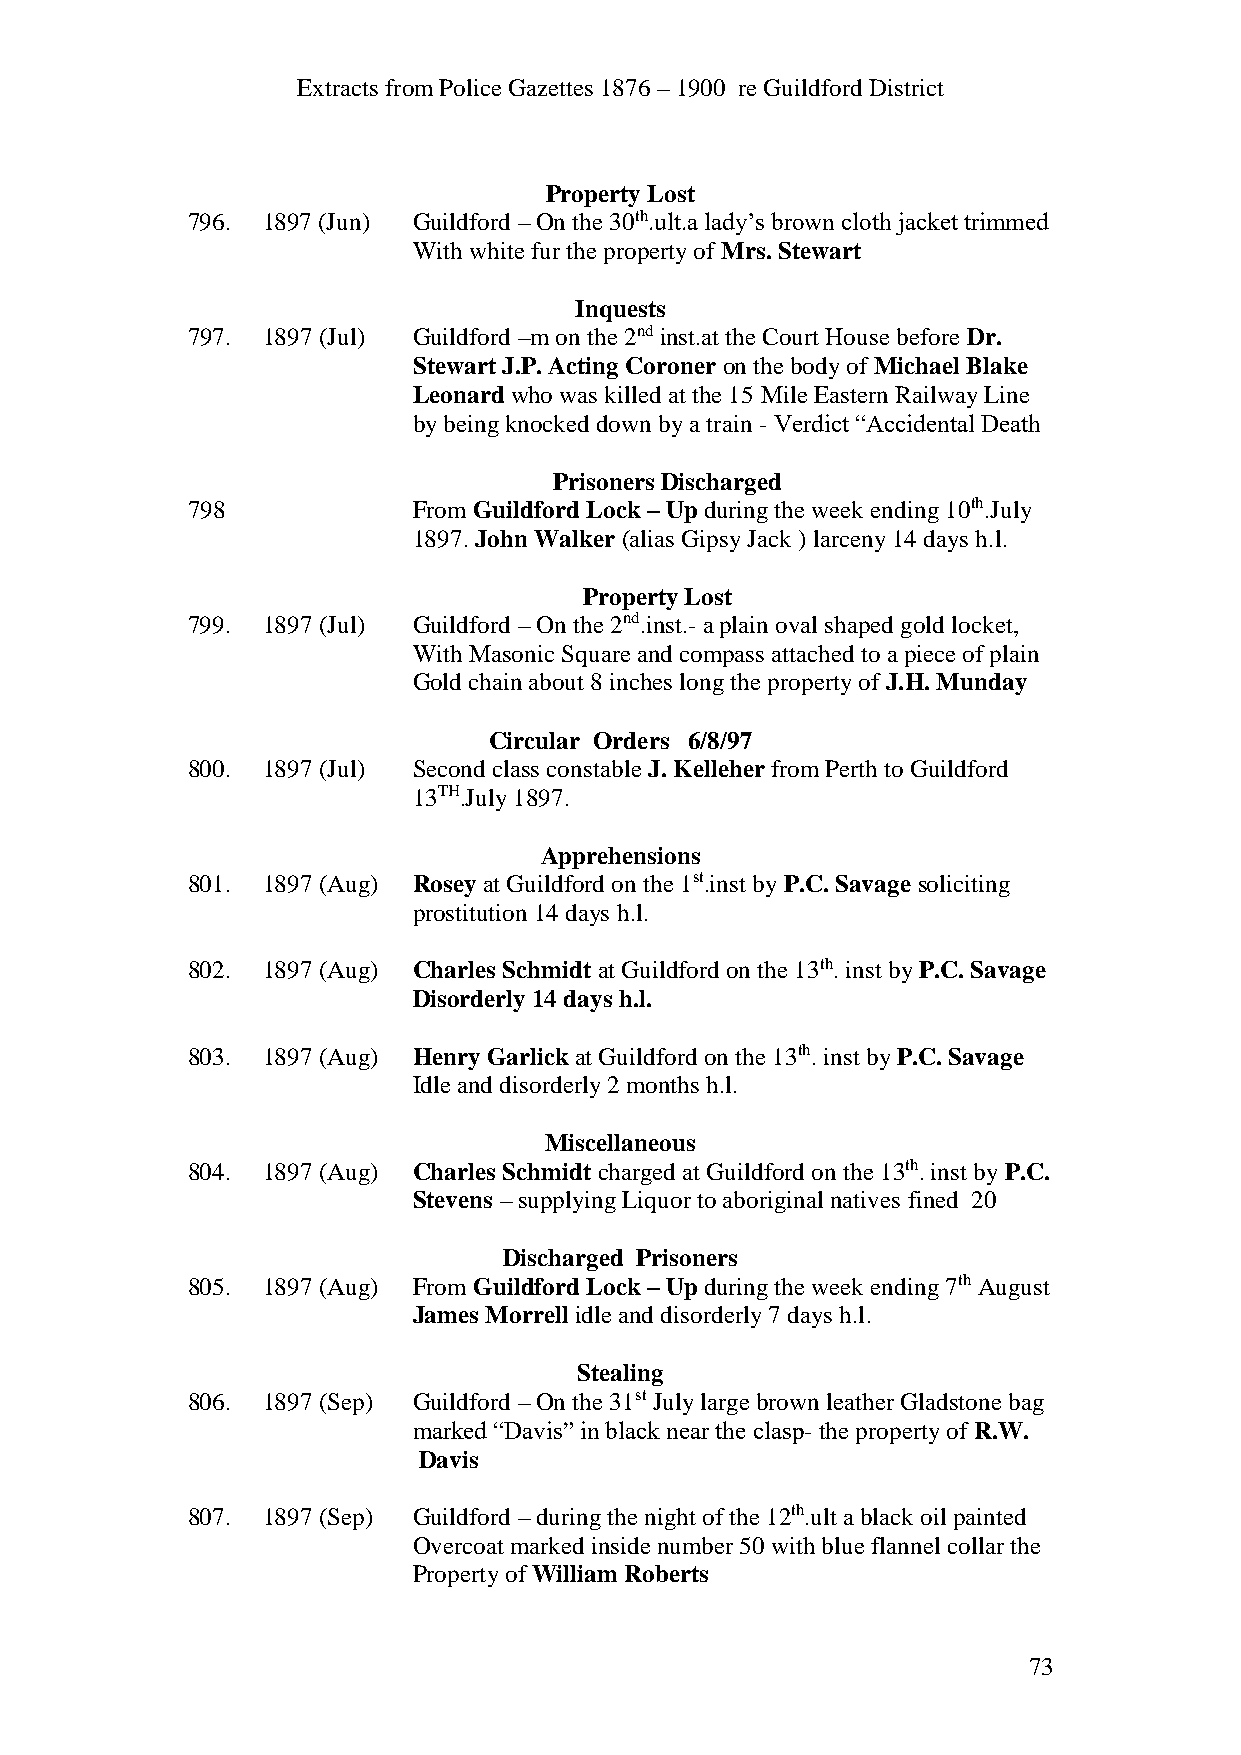
Extracts from Police Gazettes 1876 – 1900 re Guildford District
 Property Lost
 796. 1897 (Jun) Guildford – On the 30th.ult.a lady’s brown cloth jacket trimmed
 With white fur the property of Mrs. Stewart
 Inquests
 797. 1897 (Jul) Guildford –m on the 2nd inst.at the Court House before Dr.
 Stewart J.P. Acting Coroner on the body of Michael Blake
 Leonard who was killed at the 15 Mile Eastern Railway Line
 by being knocked down by a train - Verdict “Accidental Death
 Prisoners Discharged
 798            From Guildford Lock – Up during the week ending 10th.July
 1897. John Walker (alias Gipsy Jack ) larceny 14 days h.l.
 Property Lost
 799. 1897 (Jul) Guildford – On the 2nd.inst.- a plain oval shaped gold locket,
 With Masonic Square and compass attached to a piece of plain
 Gold chain about 8 inches long the property of J.H. Munday
 Circular Orders 6/8/97
 800. 1897 (Jul) Second class constable J. Kelleher from Perth to Guildford
 13TH.July 1897.
 Apprehensions
 801. 1897 (Aug) Rosey at Guildford on the 1st.inst by P.C. Savage soliciting
 prostitution 14 days h.l.
 802. 1897 (Aug) Charles Schmidt at Guildford on the 13th. inst by P.C. Savage
 Disorderly 14 days h.l.
 803. 1897 (Aug) Henry Garlick at Guildford on the 13th. inst by P.C. Savage
 Idle and disorderly 2 months h.l.
 Miscellaneous
 804. 1897 (Aug) Charles Schmidt charged at Guildford on the 13th. inst by P.C.
 Stevens – supplying Liquor to aboriginal natives fined 20
 Discharged Prisoners
 805. 1897 (Aug) From Guildford Lock – Up during the week ending 7th August
 James Morrell idle and disorderly 7 days h.l.
 Stealing
 806. 1897 (Sep) Guildford – On the 31st July large brown leather Gladstone bag
 marked “Davis” in black near the clasp- the property of R.W.
 Davis
 807. 1897 (Sep) Guildford – during the night of the 12th.ult a black oil painted
 Overcoat marked inside number 50 with blue flannel collar the
 Property of William Roberts
 73